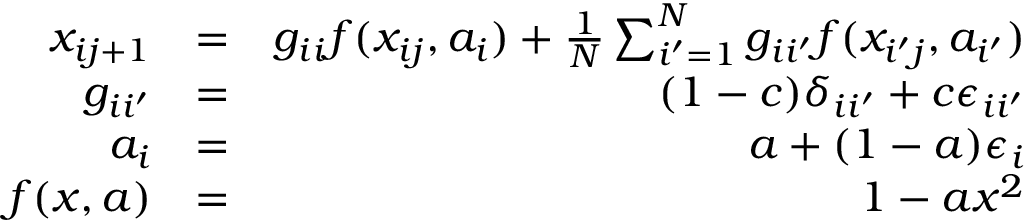
\begin{array} { r l r } { x _ { i j + 1 } } & { = } & { g _ { i i } f ( x _ { i j } , a _ { i } ) + \frac { 1 } { N } \sum _ { i ^ { \prime } = 1 } ^ { N } g _ { i i ^ { \prime } } f ( x _ { i ^ { \prime } j } , a _ { i ^ { \prime } } ) } \\ { g _ { i i ^ { \prime } } } & { = } & { ( 1 - c ) \delta _ { i i ^ { \prime } } + c \epsilon _ { i i ^ { \prime } } } \\ { a _ { i } } & { = } & { a + ( 1 - a ) \epsilon _ { i } } \\ { f ( x , a ) } & { = } & { 1 - a x ^ { 2 } } \end{array}